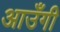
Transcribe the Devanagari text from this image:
आउँगी